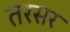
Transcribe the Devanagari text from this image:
तरसर